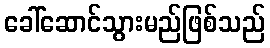
ခေါ်ဆောင်သွားမည်ဖြစ်သည်